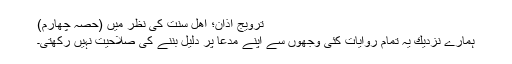
ترویج اذان؛ اھل سنت كی نظر میں (حصّہ چهارم)
ہمارے نزدیك یہ تمام روایات كئی وجھوں سے اپنے مدعا پر دلیل بننے كی صلاحیت نہیں ركھتی۔